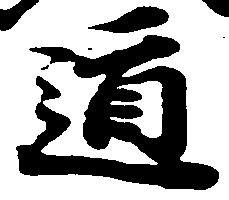
道